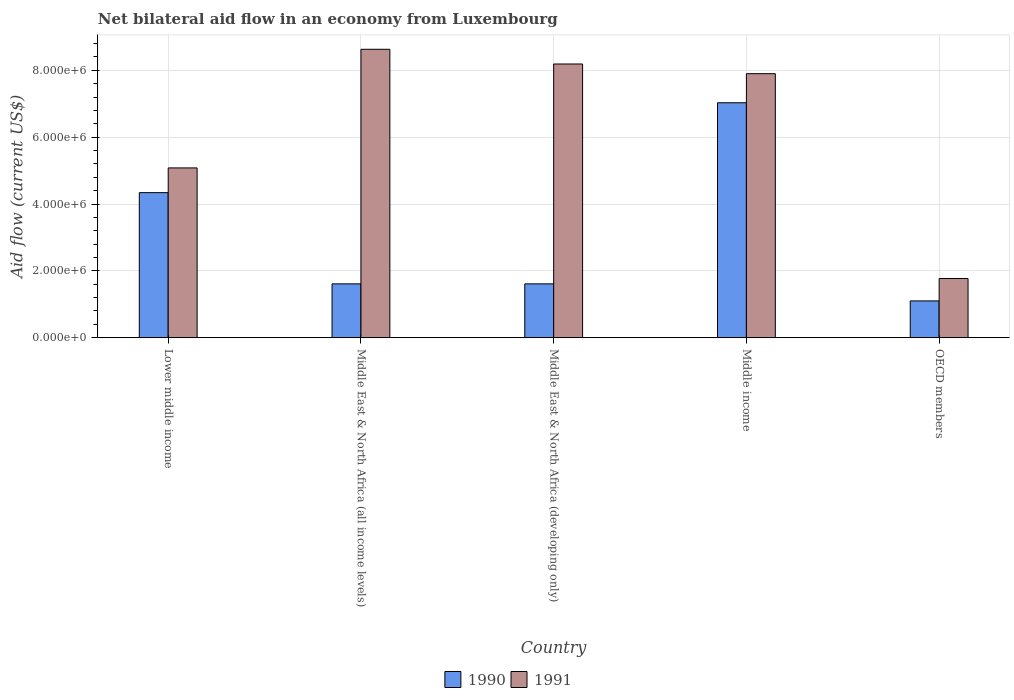
| Country | 1990 | 1991 |
 | --- | --- | --- |
 | Lower middle income | 4.34e+06 | 5.08e+06 |
 | Middle East & North Africa (all income levels) | 1.61e+06 | 8.63e+06 |
 | Middle East & North Africa (developing only) | 1.61e+06 | 8.19e+06 |
 | Middle income | 7.03e+06 | 7.9e+06 |
 | OECD members | 1.1e+06 | 1.77e+06 |